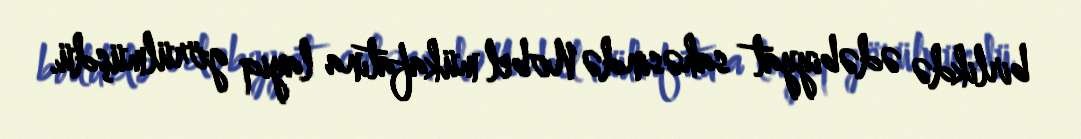
birlikdə ədəbiyyat sahəsində Nobel mükafatına layiq görülmüşdü.